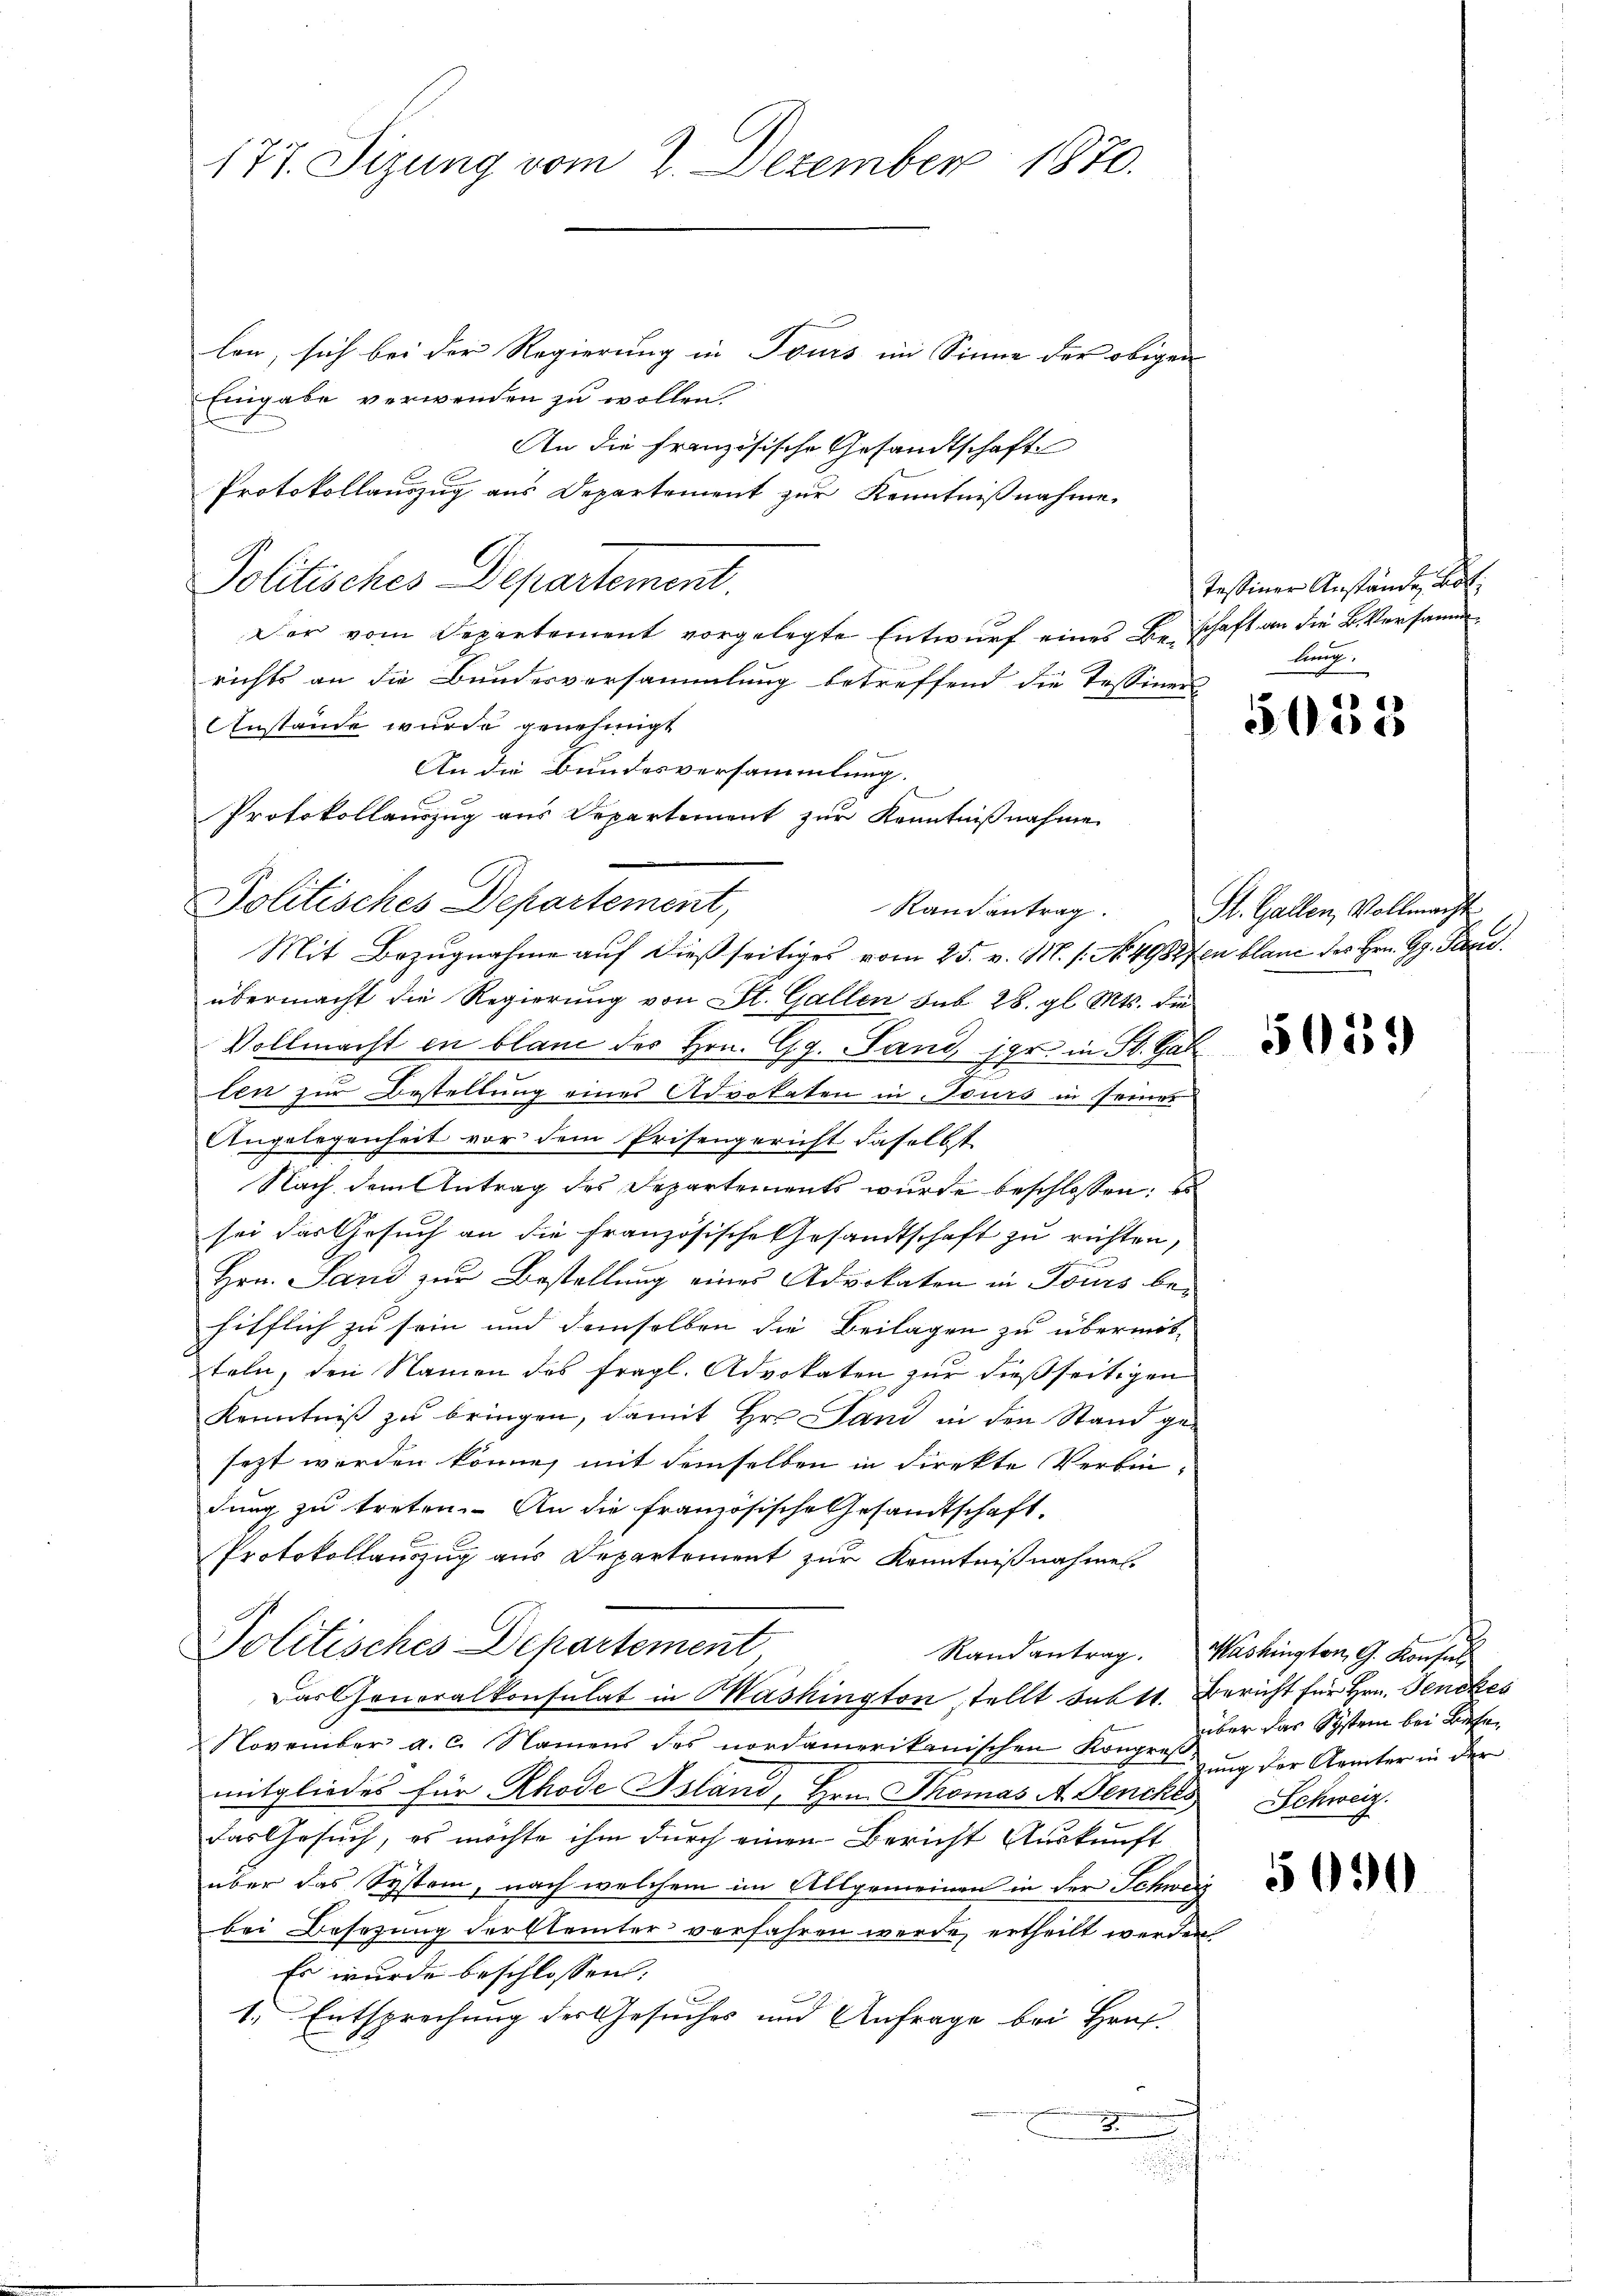
177. Sizung vom 2. Dezember 1870.

Randantrag.

len, sich bei der Regierung in Tours im Sinne der obigen
Eingabe verwenden zu wollen.
An die Französische Gesandtschaft
Protokollauszug aus Departement zur Kenntnißnahme
Politisches Departement.
Der vom Departement vorgelegte Entwurf eines Beschaft an die B. Versammrichts an die Bundesversammlung betreffend die Tessinen
Anstände wurde genehmigt
An die Bundesversammlung.
Protokollauszug aus Departement zur Kenntnißnahme
Politisches Departement,

Mit Bezugnahme auf dießseitiges vom 25. v. M. s. No. 4988fen blanc des Hrn. Gr. Pari
übermacht die Regierung von St. Gallen sub 28. gl. Mts. die
Vollmacht in blanc des Hrn. G. Sand jgr. in St. Gal
len zur Bestellung eines Advokaten in Tours in seiner
Angelegenheit vor dem Prisengericht daselbst
Nach dem Antrag des Departements wurde beschlossen:
sei das Gesuch an die Französische Gesandtschaft zu richten,
Hrn. Sand zur Bestellung eines Advokaten in Tours behifflich zu sein und demselben die Beilagen zu übermit-
teln, den Namen des fragl. Advokaten zur dießseitigen
Kenntniß zu bringen, damit Hr. Jand in den Stand ge-
sezt werden könne, mit demselben in direkte Verbindung zu treten. An die französische Gesandtschaft.
Protokollauszug aus Departement zur Kenntnißnahmen.
Politisches Departement
Das Gonoralkonsulat in Mashington stellt subtt. Bericht für Hrn. Jenckes
November a. c. Namens des nordamerikanischen Kongrusŭng der Aemter in der
mitgliedes für Rhode Island, Hrn. Thomas A. Denches Schweiz.
das Gesuch, es möchte ihm durch einen Bericht Auskunft
über das System, nach welchem im Allgemeinen in der Schweiz
bei Besetzung der Elemter verfahren werde, ertheilt werden.
Es wurde beschlossen:
1. Entsprechung des Gesuches und Anfrage bei Hrn.
2

Tessiner Anstände, hat.
lung

515

St. Gallen, Vollmacht

5029

Randantrag. Washington G. Konsul
über das System bei Base

5090